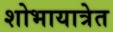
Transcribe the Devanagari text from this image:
शोभायात्रेत